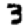
Digit: 3